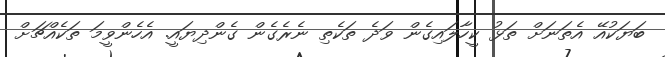
ބަޔަކުއޭ އެތަނަށް ތަޅު ކީހާލައިގެން ވަދެ ތަކެތި ނެރެގެން ގެންދިޔައީ. އެހެންވީމަ ތަކެއްޗަށް